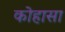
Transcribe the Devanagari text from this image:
कोहासा